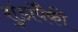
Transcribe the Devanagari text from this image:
शुंडांपैकी